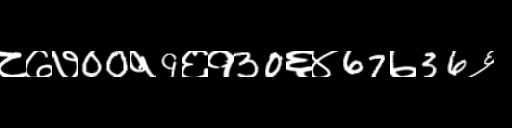
Text: ८७७00१9६१30६४67७36६